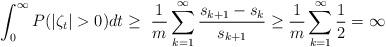
LaTeX: \begin{align*}\int_0^\infty P(|\zeta_{t}| > 0 ) dt \geq \ \frac 1 m \sum_{k=1}^\infty \frac{s_{k+1} - s_k}{s_{k+1}} \geq \frac{1}{m} \sum_{k=1}^\infty \frac{1}{2} = \infty \end{align*}